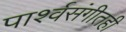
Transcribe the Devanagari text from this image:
पार्श्वसंगीतही